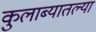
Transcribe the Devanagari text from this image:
कुलाब्यातल्या